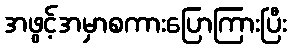
အဖွင့်အမှာစကားပြောကြားပြီး